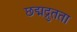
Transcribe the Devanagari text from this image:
छद्मद्रुतता